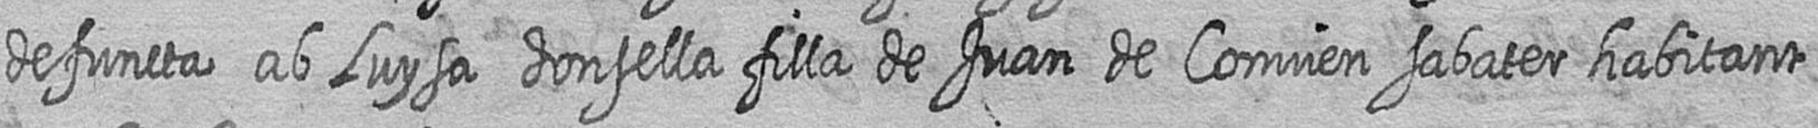
defuncta ab Luysa donsella filla de Juan de Convien sabater habitant